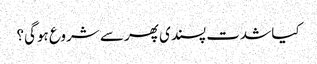
کیا شدت پسندی پھر سے شروع ہوگی؟